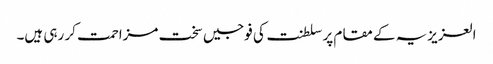
العزیزیہ کے مقام پر سلطنت کی فوجیں سخت مزاحمت کر رہی ہیں۔